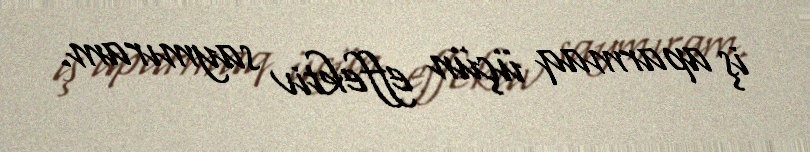
iş aparmaq üçün effektiv saymıram.